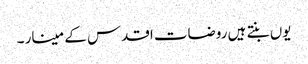
یوں بنتے ہیں روضات اقدس کے مینار ۔